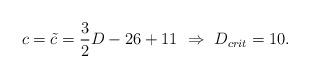
LaTeX: \begin{align*}c = \tilde c = \frac{3}{2} D - 26 + 11\ \Rightarrow\ D_{crit} = 10.\end{align*}